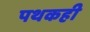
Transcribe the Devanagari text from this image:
पथकही